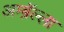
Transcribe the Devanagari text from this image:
अम्ब्रॅल्ला